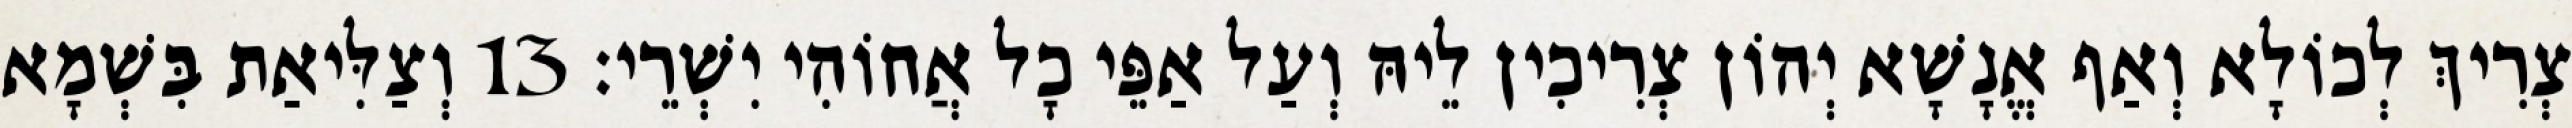
צְרִיךְ לְכוֹלָא וְאַף אֱנָשָׁא יְהוֹן צְרִיכִין לֵיהּ וְעַל אַפֵּי כָל אֲחוֹהִי יִשְׁרֵי׃ 13 וְצַלִּיאַת בִּשְׁמָא